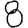
Digit: 8